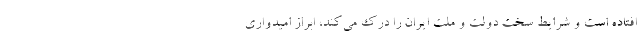
افتاده است و شرایط سخت دولت و ملت ایران را درک می‌کند، ابراز امیدواری